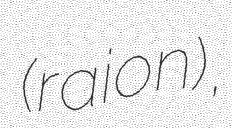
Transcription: (raion),